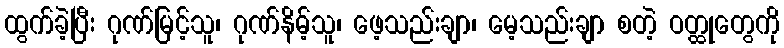
ထွက်ခဲ့ပြီး ဂုဏ်မြင့်သူ၊ ဂုဏ်နိမ့်သူ၊ ဖေ့သည်းချာ၊ မေ့သည်းချာ စတဲ့ ဝတ္ထုတွေကို